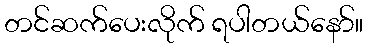
တင်ဆက်ပေးလိုက် ရပါတယ်နော်။